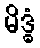
မိဒ္ဓံ